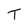
Character: T